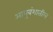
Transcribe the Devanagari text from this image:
आयुवंशातील